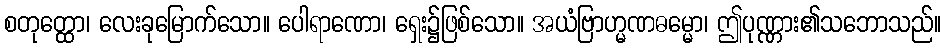
စတုတ္ထော၊ လေးခုမြောက်သော။ ပေါရာဏော၊ ရှေး၌ဖြစ်သော။ အယံဗြာဟ္မဏဓမ္မော၊ ဤပုဏ္ဏား၏သဘောသည်။